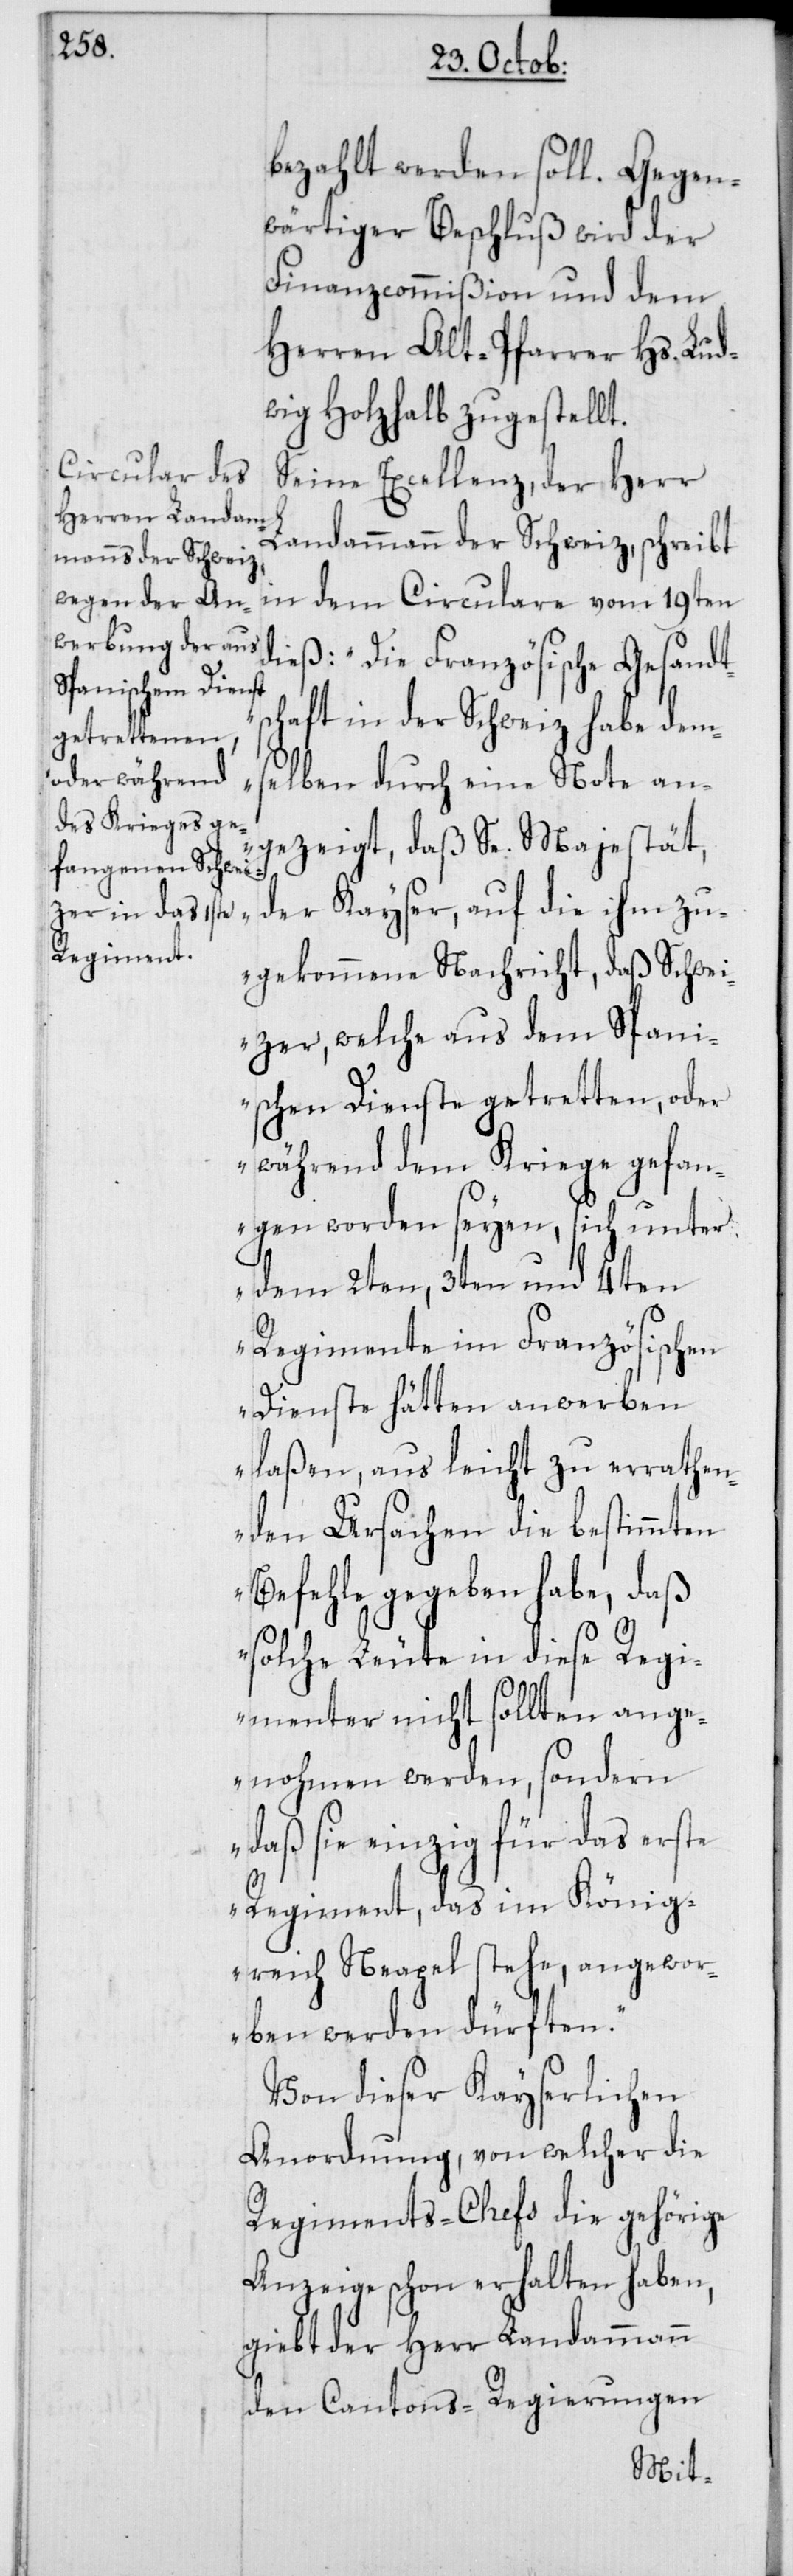
bezahlt werden soll. Gegen¬
wärtiger Beschluß wird der
Finanzcommißion und dem
Herren Alt-Pfarrer Hs. Lud¬
wig Holzhalb zugestellt.
Seine Excellenz, der Herr
Landammann der Schweiz, schreibt
in dem Circulare vom 19ten
dieß: „Die Französische Gesandts¬
chaft in der Schweiz habe dems¬
elben durch eine Note an¬
gezeigt, daß Se. Majestät,
der Kayser, auf die ihm zu¬
gekommene Nachricht, daß Schwei¬
zer, welche aus dem Spani¬
schen Dienste getretten, oder
während dem Kriege gefan¬
gen worden seyen, sich unter
dem 2ten, 3ten und 4ten
Regimente im Französischen
Dienste hätten anwerben
laßen, aus leicht zu errathen¬
den Ursachen die bestimmten
Befehle gegeben habe, daß
solche Leute in diese Regi¬
menter nicht sollten ange¬
nohmen werden, sondern
daß sie einzig für das erste
Regiment, das im König¬
reich Neapel stehe, angewor¬
ben werden dürften“.
Von dieser Kayserlichen
Anordnung, von welcher die
Regiments-Chefs die gehörige
Anzeige schon erhalten haben,
giebt der Herr Landammann
den Cantons-Regierungen